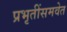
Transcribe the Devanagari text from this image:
प्रभृतींसमवेत